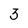
Character: 3